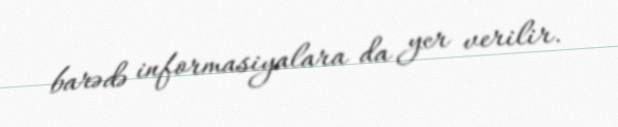
barədə informasiyalara da yer verilir.